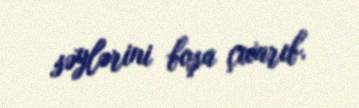
səylərini boşa çıxarıb.